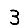
Digit: 3